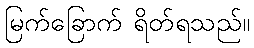
မြက်ခြောက် ရိတ်ရသည်။